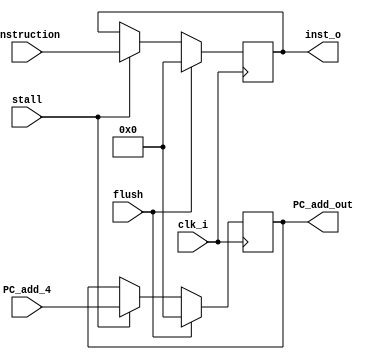
module IF_ID(
	// Signal
	input clk_i,
	input stall, // if stall, do not write anything on this latch
	input flush,
	input [31:0] PC_add_4, instruction,
	output reg [31:0] PC_add_out, 
	output reg [31:0] inst_o
);

// initial (why?)
initial begin
#1
	PC_add_out = 0;
	inst_o = 0;
end 

always @(posedge clk_i) begin
	// If flush, put NOOP into IF_ID latch
	if (flush) begin
		inst_o <= 32'b0;
		PC_add_out <= 32'b0;
	end
	else if (stall) begin
		inst_o <= instruction;
		PC_add_out <= PC_add_4;
	end
end

endmodule